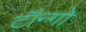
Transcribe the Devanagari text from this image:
टॉन्गो